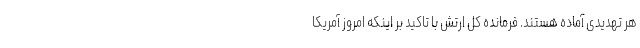
هر تهدیدی آماده هستند. فرمانده کل ارتش با تاکید بر اینکه امروز آمریکا